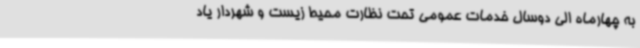
به چهارماه الی دوسال خدمات عمومی تحت نظارت محیط زیست و شهردار یاد